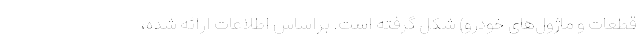
قطعات و ماژول‌های خودرو) شکل گرفته است. براساس اطلاعات ارائه شده،